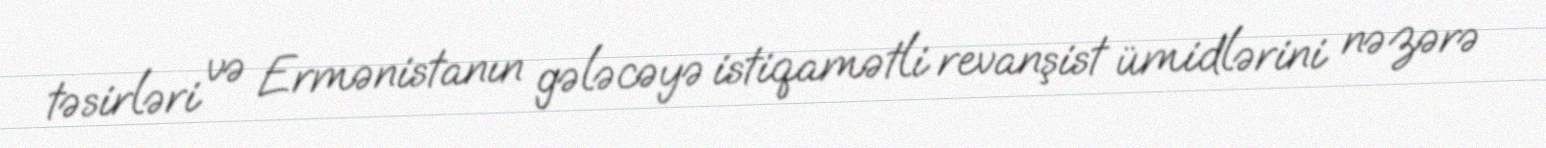
təsirləri və Ermənistanın gələcəyə istiqamətli revanşist ümidlərini nəzərə